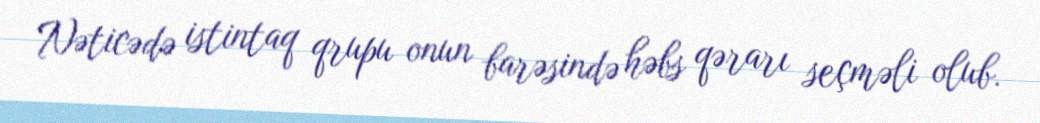
Nəticədə istintaq qrupu onun barəsində həbs qərarı seçməli olub.